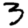
Digit: 3